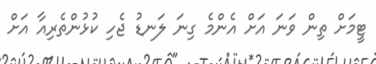
ޓީމަށް ތިން ވަނަ އަށް އެންމެ ގިނަ ލަނޑު ޖެހި ކުޅުންތެރިއާ އަށް